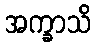
အက္ခာသိ